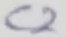
Text: C2